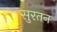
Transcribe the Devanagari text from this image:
सुरतन